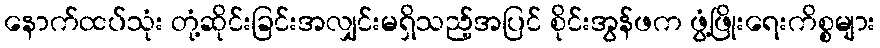
နောက်ထပ်သုံး တုံ့ဆိုင်းခြင်းအလျှင်းမရှိသည့်အပြင် စိုင်းအွန်ဖက ဖွံ့ဖြိုးရေးကိစ္စများ